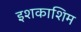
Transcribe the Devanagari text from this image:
इशकाशिम